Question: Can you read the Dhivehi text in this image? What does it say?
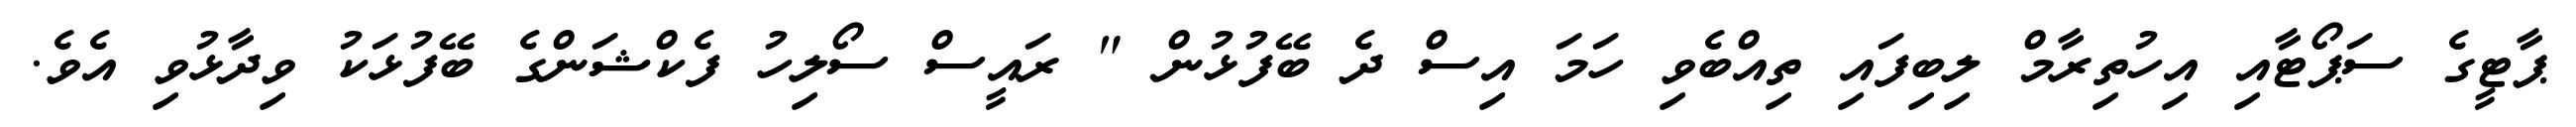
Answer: ޕާޓީގެ ސަޕޯޓާއި އިހުތިރާމް ލިބިފައި ތިއްބެވި ހަމަ އިސް ދެ ބޭފުޅުން " ރައީސް ސޯލިހު ފެކްޝަންގެ ބޭފުޅަކު ވިދާޅުވި އެވެ.